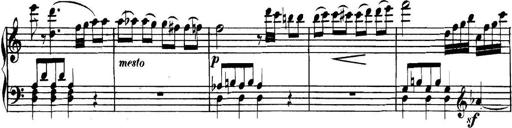
Title: Collected Piano Sonatas
Composer: Muzio Clementi